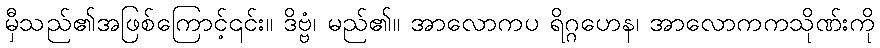
မှီသည်၏အဖြစ်ကြောင့်၎င်း။ ဒိဗ္ဗံ၊ မည်၏။ အာလောကပ ရိဂ္ဂဟေန၊ အာလောကကသိုဏ်းကို